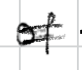
Text: of
Cross-out: mix
Writing tool: digital_black